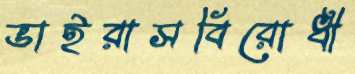
ভাইরাসবিরোধী